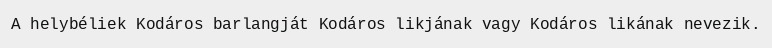
A helybéliek Kodáros barlangját Kodáros likjának vagy Kodáros likának nevezik.